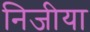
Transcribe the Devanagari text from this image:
निजीया